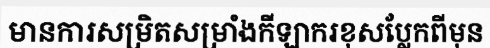
មានការសម្រិតសម្រាំងកីឡាករខុសប្លែកពីមុន